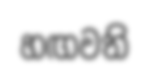
හඟවති